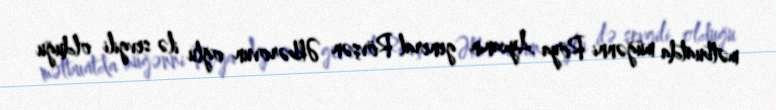
mətbuatda müğənni Röya Ayxanın general Rövşən Əkbərovun oğlu ilə sevgili olduğu